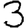
Digit: 3